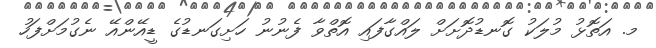
މ. އަތޮޅު މުލަކު ގޮނޑުދޮށަށް ލައްގާފައި އޮތްވާ ފެނުނު ހަށިގަނޑުގެ ޑީއޭންއޭ ނެގުމަށްފަހު